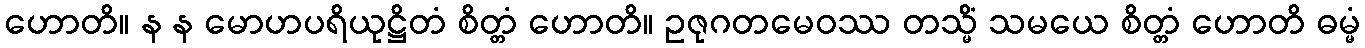
ဟောတိ။ န န မောဟပရိယုဋ္ဌိတံ စိတ္တံ ဟောတိ။ ဥဇုဂတမေဝဿ တသ္မိံ သမယေ စိတ္တံ ဟောတိ ဓမ္မံ